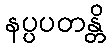
နပ္ပပတန္တိ